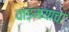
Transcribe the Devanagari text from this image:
वाङ़मयाचा